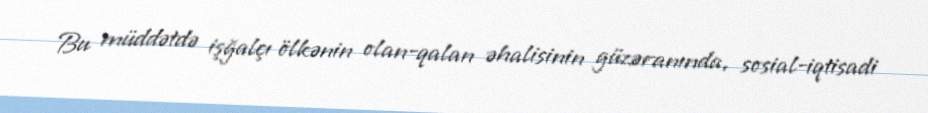
Bu müddətdə işğalçı ölkənin olan-qalan əhalisinin güzəranında, sosial-iqtisadi